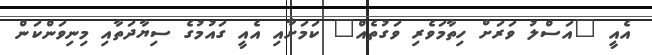
އެއީ "އަސްލު ވަރަށް ހިތާމަވެރި ވަގުތެއް" ކަމަށާއި އެއީ ގައުމުގެ ސިޔާދަތާއި މިނިވަންކަން